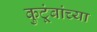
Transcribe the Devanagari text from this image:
कुटूंबांच्या